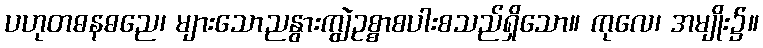
ပဟုတဓနဓညေ၊ များသောညနွားကျွဲဥစ္စာစပါးစသည်ရှိသော။ ကုလေ၊ အမျိုး၌။